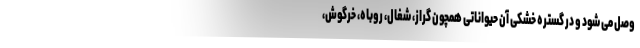
وصل می شود و در گستره خشکی آن حیواناتی همچون گراز، شغال، روباه، خرگوش،